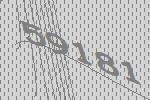
59181